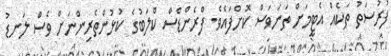
ފުރުސަތު ތަކެއް އެޓީމަށް ތަނަވަސް ކޮށްފައެވެ. ފްރެންޑްސް ކްލަބުގެ ކުޅުންތެރިންނަށް ވެސް ލަނޑު